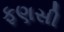
ફણસી